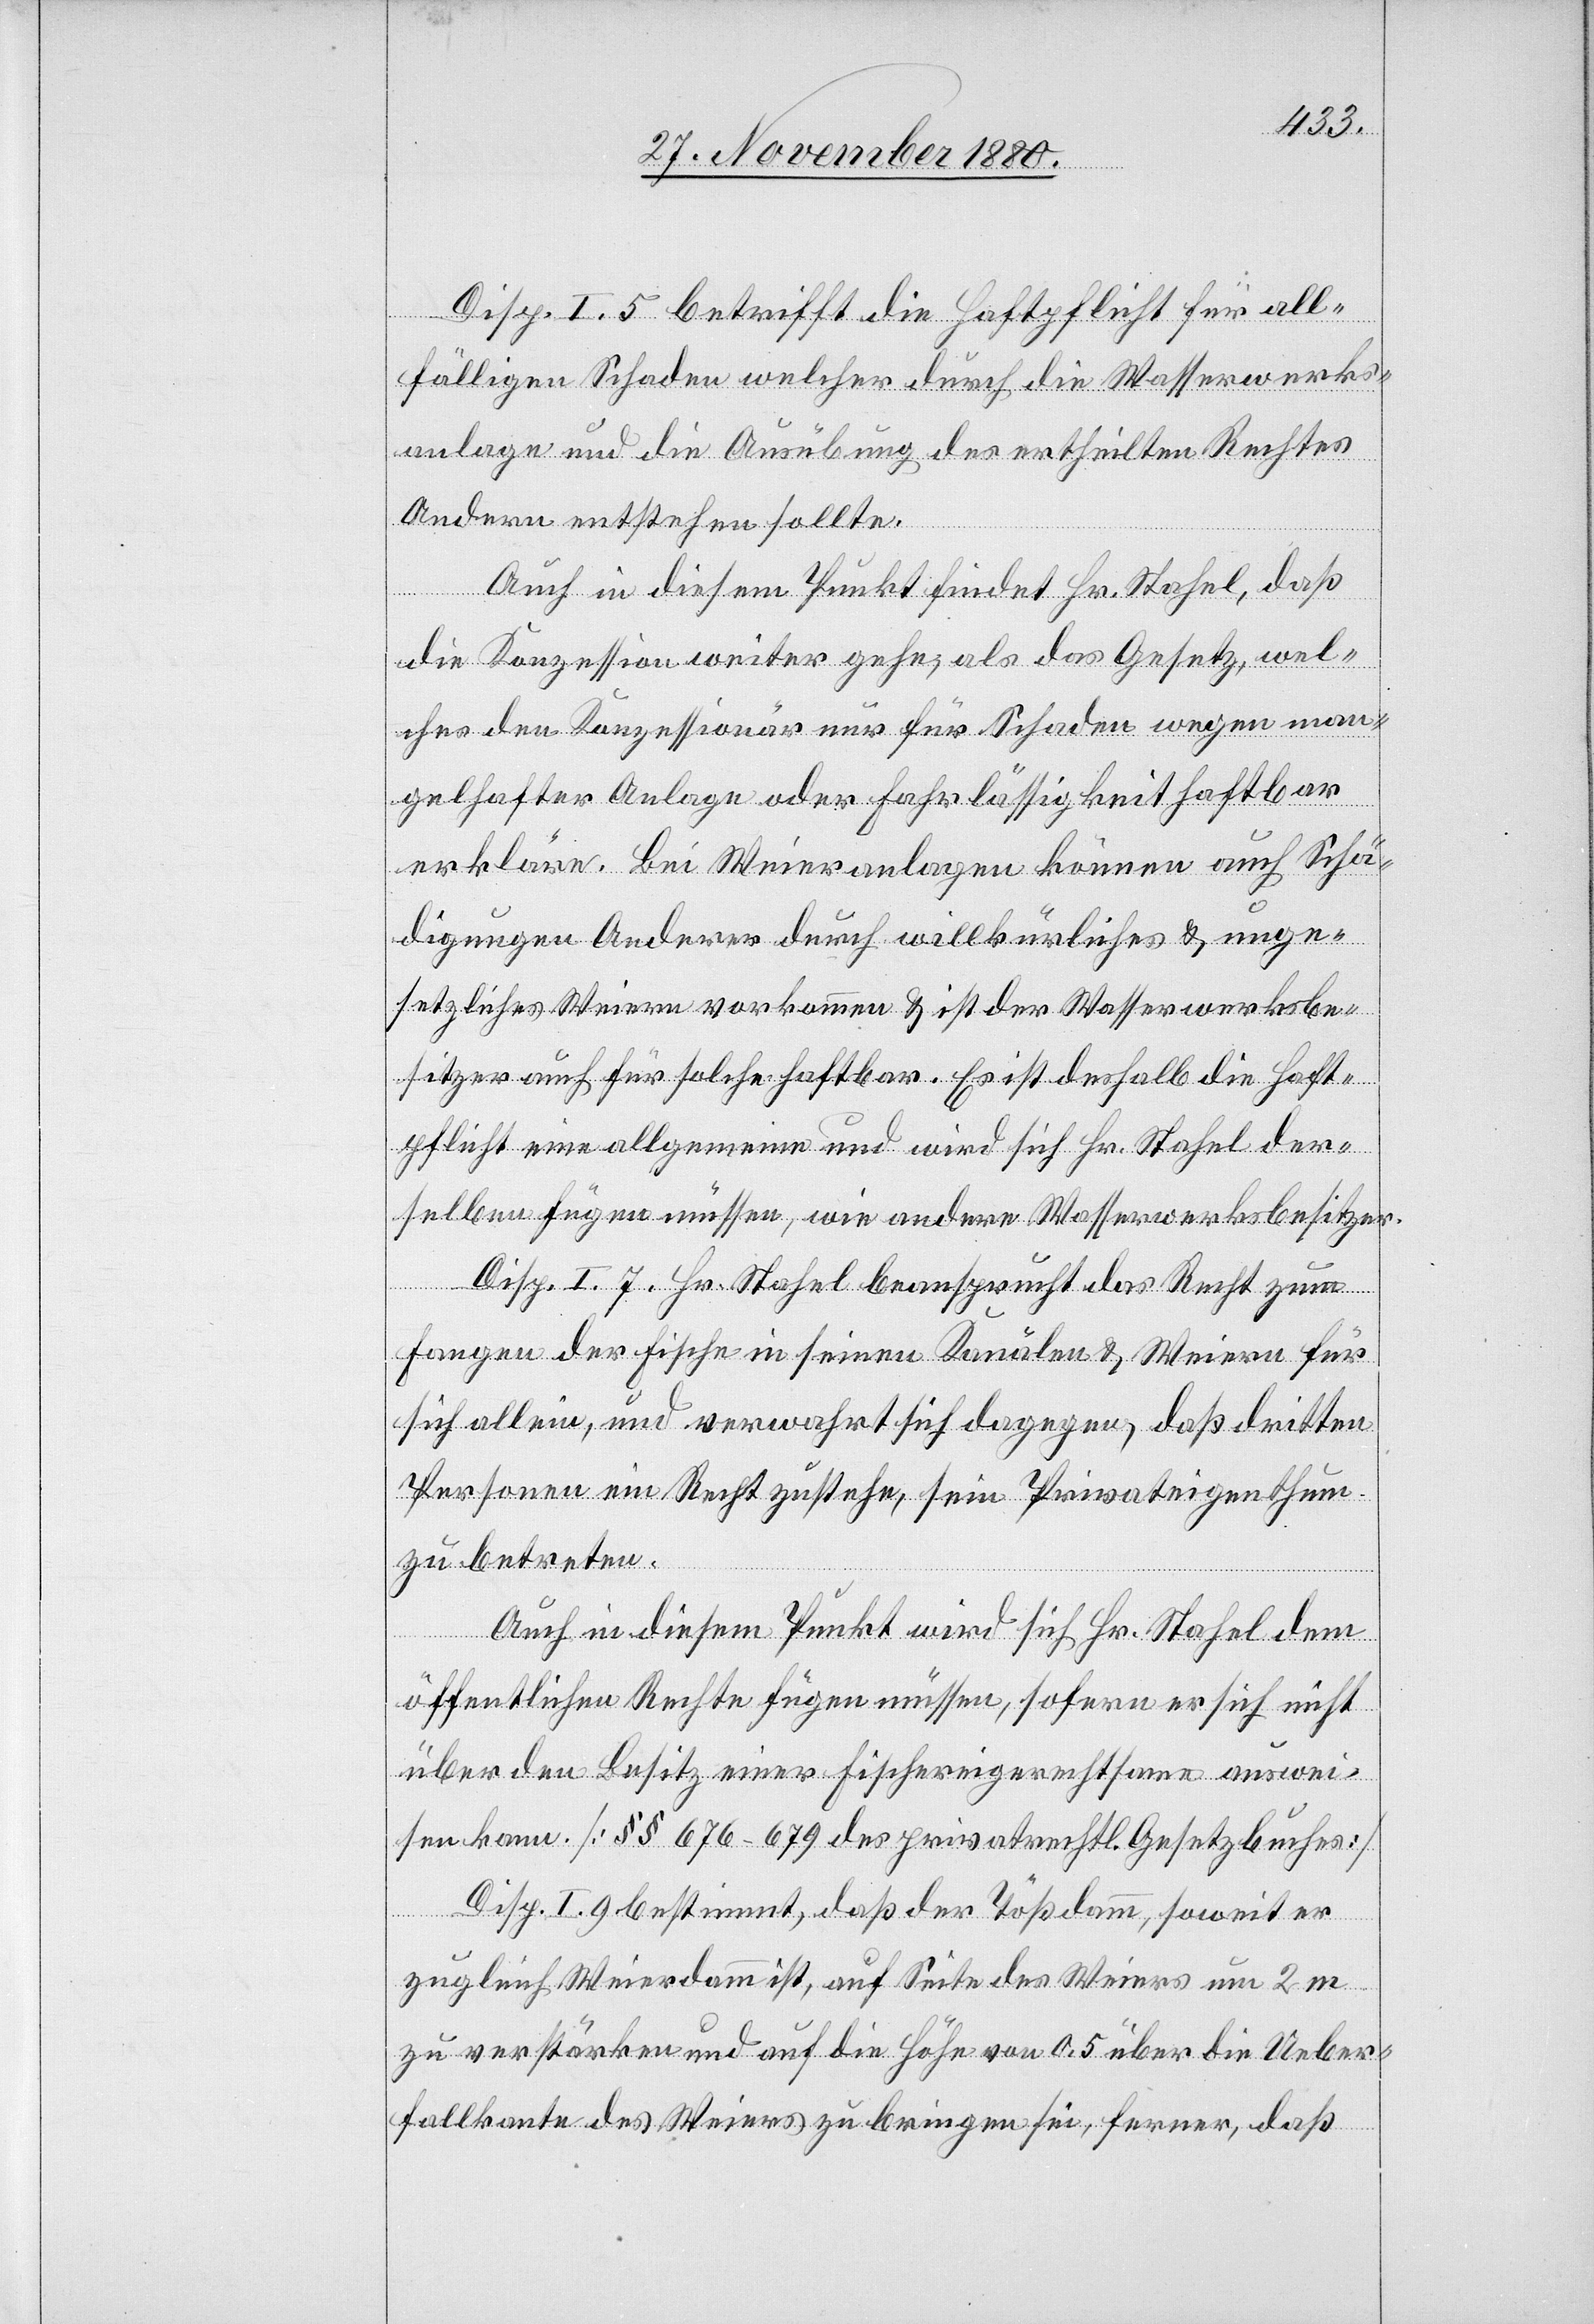
Disp. I. 5 betrifft die Haftpflicht für all¬
fälligen Schaden welcher durch die Wasserwerks¬
anlage und die Ausübung des ertheilten Rechtes
Andern entstehen sollte.
Auch in diesem Punkt findet Hr. Stahel, daß
die Konzession weiter gehe als das Gesetz, wel¬
ches den Konzessionär nur für Schaden wegen man¬
gelhafter Anlage oder Fahrlässigkeit haftbar
erkläre. Bei Weieranlagen können auch Schä¬
digungen Anderer durch willkürliches & unge¬
setzliches Weiern vorkommen & ist der Wasserwerksbe¬
sitzer auch für solche haftbar. Es ist deshalb die Haft¬
pflicht eine allgemeine und wird sich Hr. Stahel der¬
selben fügen müssen, wie andere Wasserwerksbesitzer.
Disp. I. 7. Hr. Stahel beansprucht das Recht zum
Fangen der Fische in seinen Kanälen & Weiern für
sich allein, und verwahrt sich dagegen, daß dritten
Personen ein Recht zustehe, sein Privateigenthum
zu betreten.
Auch in diesem Punkt wird sich Hr. Stahel dem
öffentlichen Rechte fügen müssen, sofern er sich nicht
über den Besitz einer Fischereigerechtsame auswei¬
sen kann [§§ 676–679 des privatrechtl. Gesetzbuches].
Disp. I. 9. bestimmt, daß der Tößdamm, soweit er
zugleich Weierdamm ist, auf Seite des Weiers um 2 m
zu verstärken und auf die Höhe von 0.5 über die Ueber¬
fallkante des Weiers zu bringen sei, ferner, daß